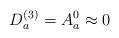
LaTeX: \begin{align*}D_{a}^{(3)} = A_{a}^{0} \approx 0\end{align*}